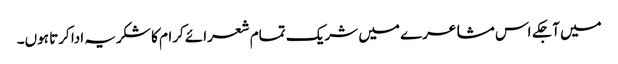
میں آجکے اس مشاعرے میں شریک تمام شعرائے کرام کا شکریہ ادا کرتا ہوں۔